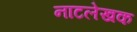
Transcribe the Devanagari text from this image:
नाटलेखक